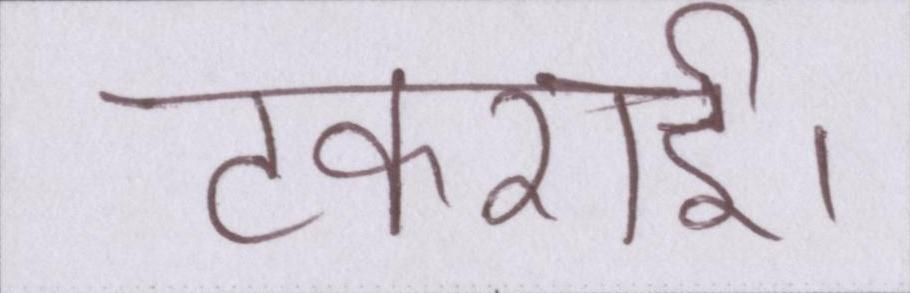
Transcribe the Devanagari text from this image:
टकराई।